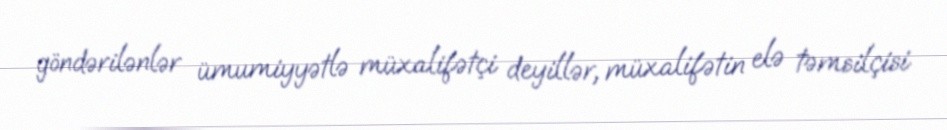
göndərilənlər ümumiyyətlə müxalifətçi deyillər, müxalifətin elə təmsilçisi